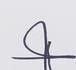
Signature authenticity: forged